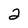
Character: 2